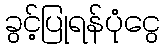
ခွင့်ပြုရန်ပုံငွေ